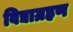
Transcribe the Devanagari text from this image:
विद्याग्रहण